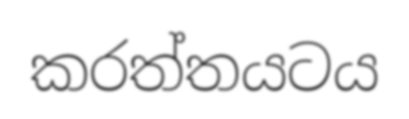
කරත්තයටය